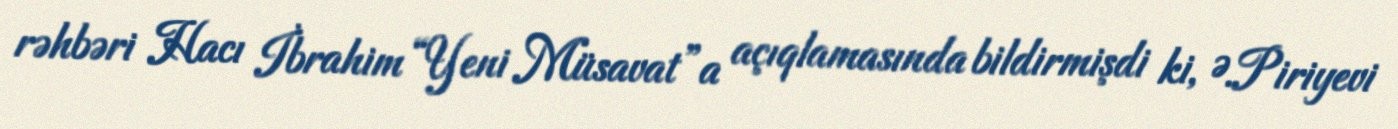
rəhbəri Hacı İbrahim “Yeni Müsavat”a açıqlamasında bildirmişdi ki, Ə.Piriyevi